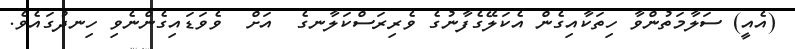
(އެއީ) ސަލާމަތުންވާ ހިތަކާއިގެން އެކަލޭގެފާނުގެ ވެރިރަސްކަލާނގެ  އަށް  ވެވަޑައިގެންނެވި ހިނދުގައެވެ.